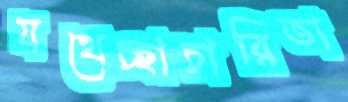
যথেচ্ছাচারিতা